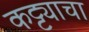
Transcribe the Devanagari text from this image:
कट्ट्याचा